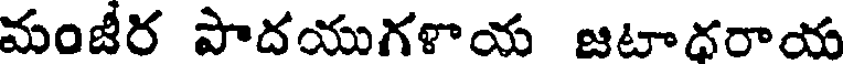
మంజీర పాదయుగళాయ జటాధరాయ